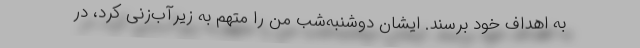
به اهداف خود برسند. ایشان دوشنبه‌شب من را متهم به زیرآب‌زنی کرد، در